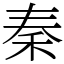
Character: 秦